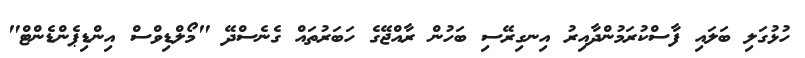
ހުޅުގަލި ބަލައި ފާސްކުރަމުންދާއިރު އިނގިރޭސި ބަހުން ރާއްޖޭގެ ހަބަރުތައް ގެނެސްދޭ "މޯލްޑިވްސް އިންޑިޕެންޑެންޓް"